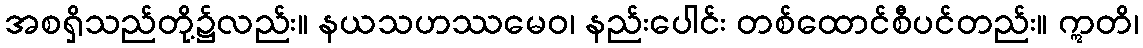
အစရှိသည်တို့၌လည်း။ နယသဟဿမေဝ၊ နည်းပေါင်း တစ်ထောင်စီပင်တည်း။ ဣတိ၊